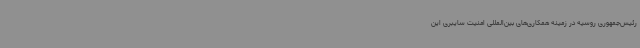
رئیس‌جمهوری روسیه در زمینه همکاری‌های بین‌المللی امنیت سایبری این